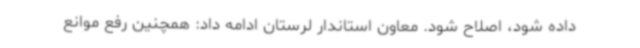
داده شود، اصلاح شود. معاون استاندار لرستان ادامه داد: همچنین رفع موانع